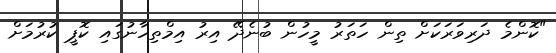
"ކޮންމެ ދަރިވަރަަކަށް ތިން ހަތަރު މީހުން ބުނެދޭ އިރު އިމްތިހާނުގައި ކޮޕީ ކުރުމަށް